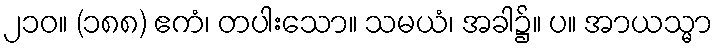
၂၁၀။ (၁၈၈) ဧကံ၊ တပါးသော။ သမယံ၊ အခါ၌။ ပ။ အာယသ္မာ